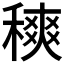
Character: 𥡠